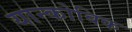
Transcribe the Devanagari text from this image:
यान्कोविक